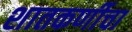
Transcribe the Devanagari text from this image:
शातकर्णीचा